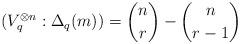
LaTeX: \begin{align*} (V_q^{\otimes n} : \Delta_q(m)) = \binom{n}{r} - \binom{n}{r-1} \end{align*}